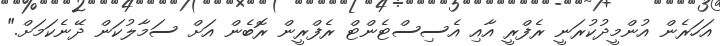
އަހަރެން އުންމީދުކުރަނީ ރެފްރީ އާއި އެސިސްޓެންޓް ރެފްރީން ރޮބެން އަށް ސަމާލުކަން ދޭނެކަމަށް."